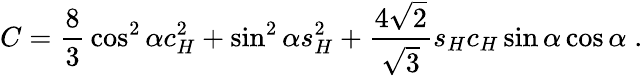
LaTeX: C={\frac{8}{3}}\cos^{2}\alpha c_{H}^{2}+\sin^{2}\alpha s_{H}^{2}+{\frac{4\sqrt 2}{\sqrt 3}}s_{H}c_{H}\sin\alpha\cos\alpha\; .